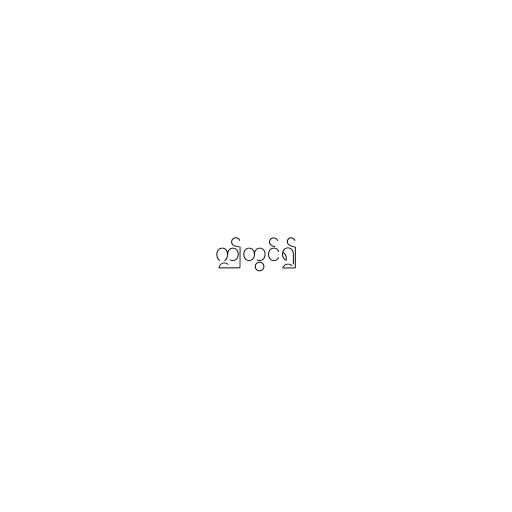
ဤတွင်၍